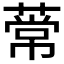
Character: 𫉒